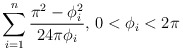
\begin{align*}\sum_{i=1}^n \frac{\pi^2- \phi_i^2}{24 \pi \phi_i}, \, 0<\phi_i< 2\pi\end{align*}